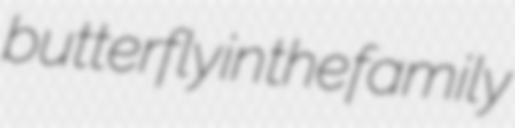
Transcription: butterfly in the family